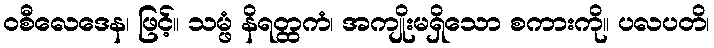
ဝစီလေဒေန၊ ဖြင့်။ သမ္ဖံ နိရတ္ထကံ၊ အကျိုးမရှိသော စကားကို။ ပလပတိ၊